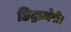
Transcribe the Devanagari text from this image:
छिद्रान्वेषी।